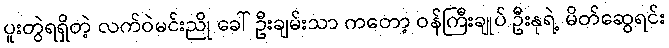
ပူးတွဲရရှိတဲ့ လက်ဝဲမင်းညို ခေါ် ဦးချမ်းသာ ကတော့ ဝန်ကြီးချုပ် ဦးနုရဲ့ မိတ်ဆွေရင်း